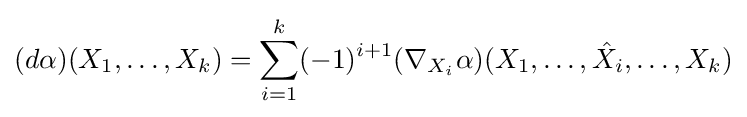
(d\alpha )(X_{1},\ldots ,X_{k})=\sum _{i=1}^{k}(-1)^{i+1}(\nabla _{X_{i}}\alpha )(X_{1},\ldots ,{\hat {X}}_{i},\ldots ,X_{k})